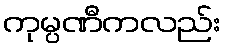
ကုမ္ပဏီကလည်း